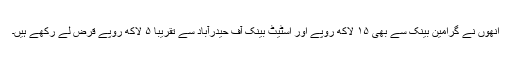
انھوں نے گرامین بینک سے بھی ۱۵ لاکھ روپے اور اسٹیٹ بینک آف حیدرآباد سے تقریباً ۵ لاکھ روپے قرض لے رکھے ہیں۔